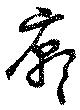
廓